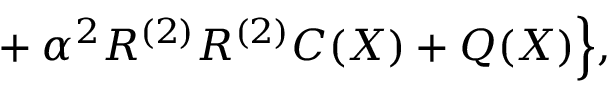
{ } + \alpha ^ { 2 } R ^ { ( 2 ) } R ^ { ( 2 ) } C ( X ) + Q ( X ) \Bigr \} ,